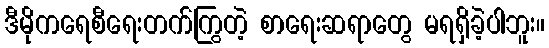
ဒီမိုကရေစီရေးတက်ကြွတဲ့ စာရေးဆရာတွေ မရရှိခဲ့ပါဘူး။